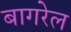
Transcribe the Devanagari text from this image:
बागरेल